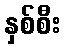
နှစ်စီး